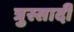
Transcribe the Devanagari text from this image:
त्रुस्सार्दी